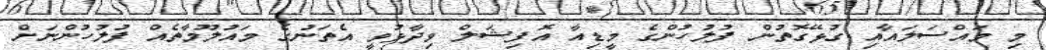
މި މައްސަލައާއި ގުޅޭގޮތުން ފުލުހުންގެ މީޑިއާ އޮފިޝަލް ވިދާޅުވީ އެތަނުގެ މައުލޫމާތެއް ފުލުހުންނަށް